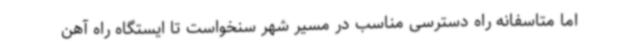
اما متاسفانه راه دسترسی مناسب در مسیر شهر سنخواست تا ایستگاه راه آهن